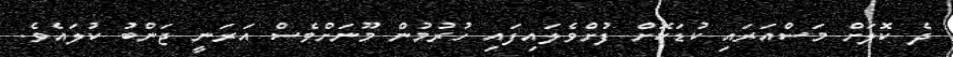
ދެ ކޮލަށް މަސްއަރައި ކުޑަކޮށް ފުށްވެލައިފައި ހުރުމުން މޫނަށްވެސް އަރަނީ ޖަންބު ކުލައެވެ.